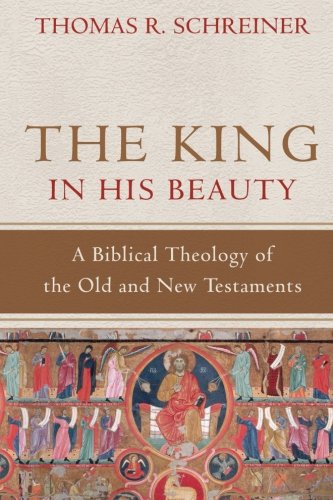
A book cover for The King in His Beauty: A Biblical Theology of the Old and New Testaments; Thomas R. Schreiner; Christian Books & Bibles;